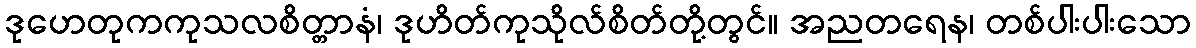
ဒုဟေတုကကုသလစိတ္တာနံ၊ ဒုဟိတ်ကုသိုလ်စိတ်တို့တွင်။ အညတရေန၊ တစ်ပါးပါးသော